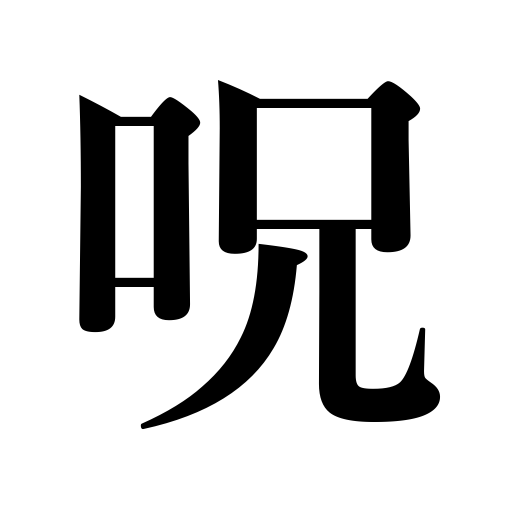
Meanings: incantation,curse,spell